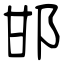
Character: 邯